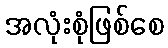
အလုံးစုံဖြစ်စေ